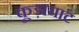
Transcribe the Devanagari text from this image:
कूड़ाघाट